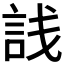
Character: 𬢣